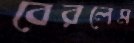
বেরলেম